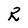
Character: R